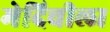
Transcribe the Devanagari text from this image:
मेदिचीला